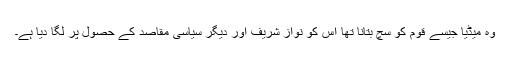
وہ میڈیا جیسے قوم کو سچ بتانا تھا اس کو نواز شریف اور دیگر سیاسی مقاصد کے حصول پر لگا دیا ہے۔